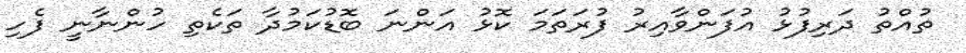
ތުއްތު ދަރިފުޅު އުފަންވާއިރު ފުރަތަމަ ކޮޅު އަންނަ ބޮޑުކަމުދާ ތަކެތި ހުންނާނީ ފެހި